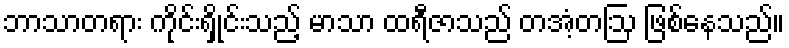
ဘာသာတရား ကိုင်းရှိုင်းသည့် မာသာ ထရီဇာသည် တအံ့တဩ ဖြစ်နေသည်။